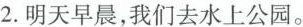
2.明天早晨，我们去水上公园。